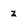
Character: z